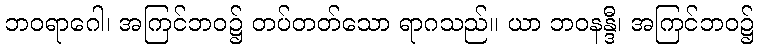
ဘဝရာဂေါ၊ အကြင်ဘဝ၌ တပ်တတ်သော ရာဂသည်။ ယာ ဘဝနန္ဒီ၊ အကြင်ဘဝ၌